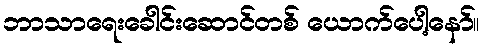
ဘာသာရေးခေါင်းဆောင်တစ် ယောက်ပေါ့နော်။